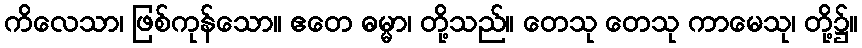
ကိလေသာ၊ ဖြစ်ကုန်သော။ ဧတေ ဓမ္မာ၊ တို့သည်။ တေသု တေသု ကာမေသု၊ တို့၌။